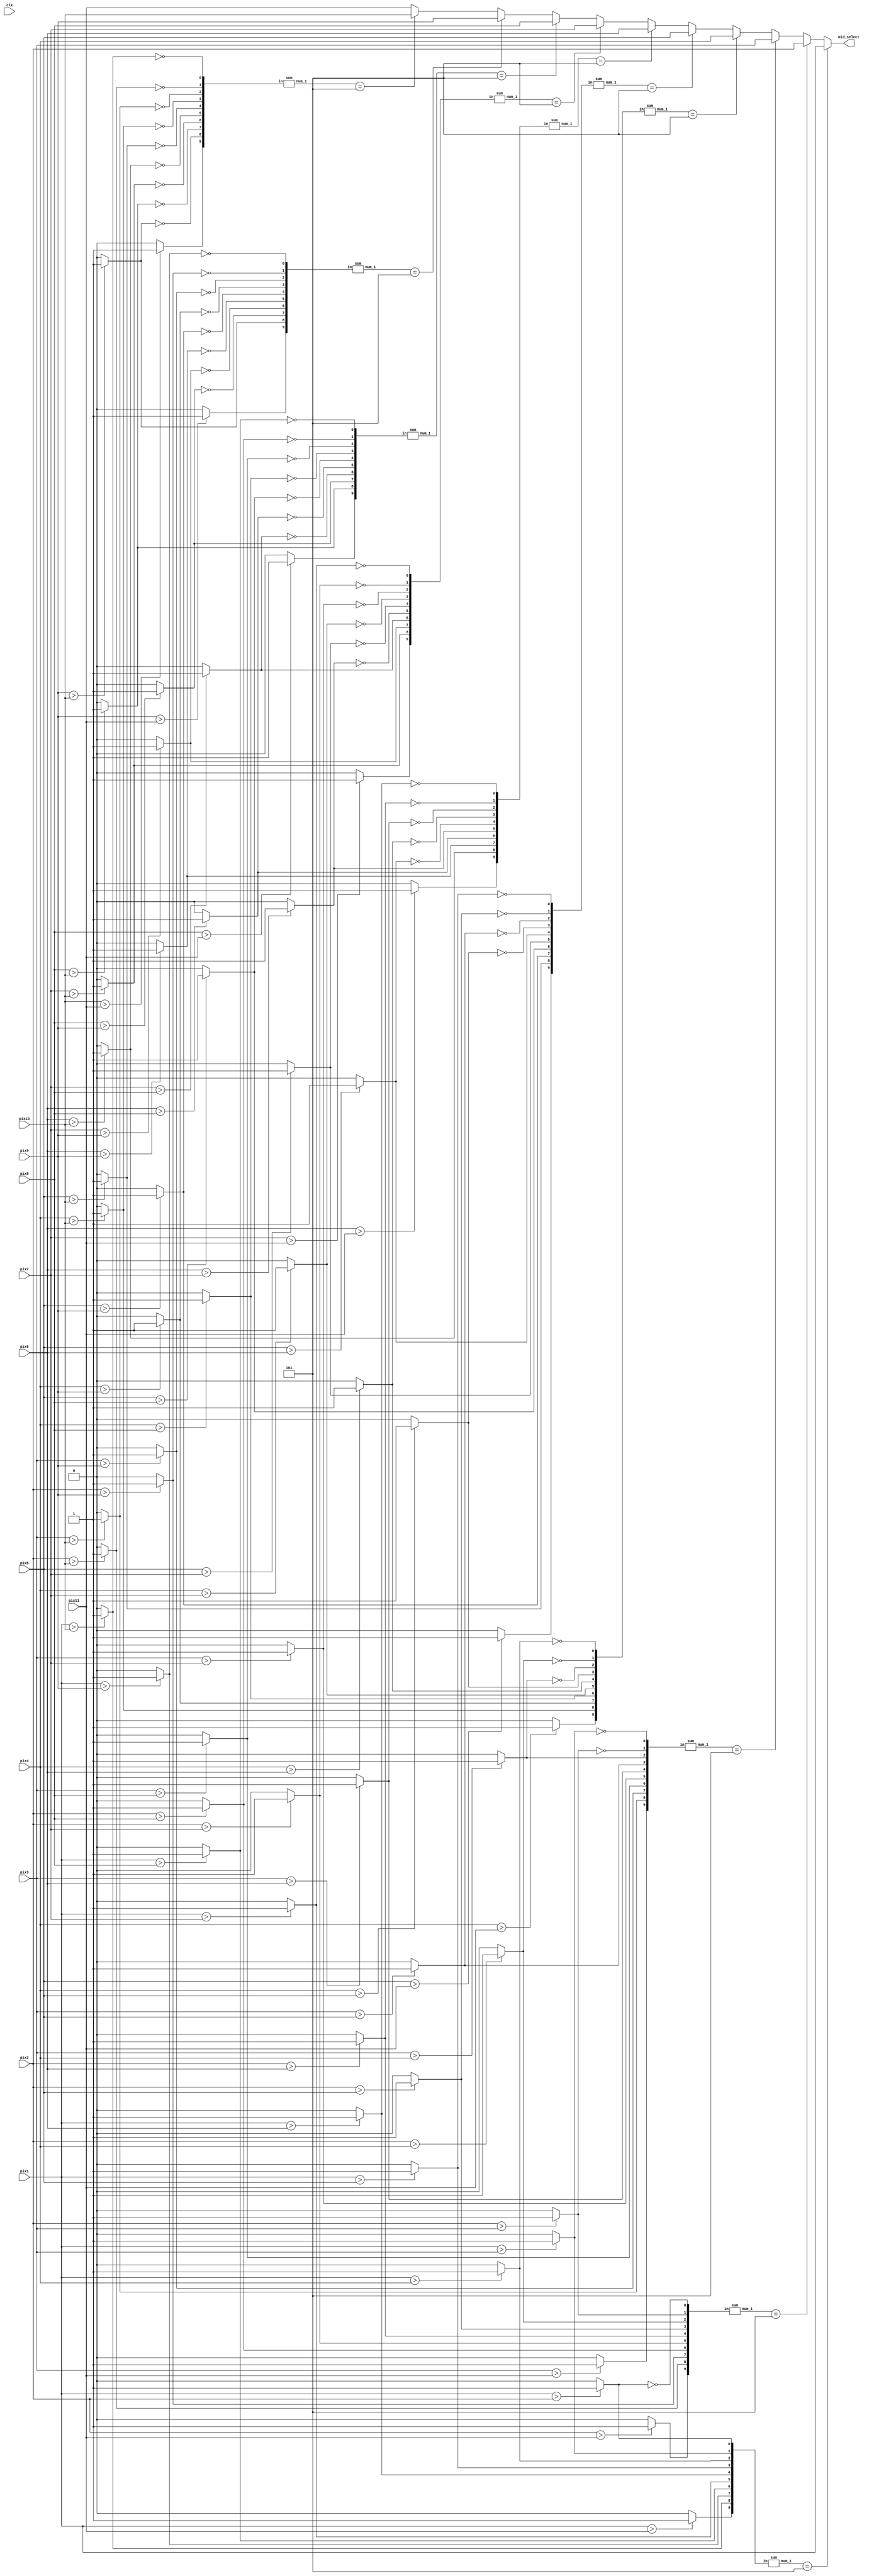
`timescale 1ns / 1ps
//////////////////////////////////////////////////////////////////////////////////
// Company: 
// Engineer: 
// 
// Design Name: 
// Module Name: sort11
// Project Name: 
// Target Devices: 
// Tool Versions: 
// Description: 
// 
// Dependencies: 
// 
// Revision:
// Revision 0.01 - File Created
// Additional Comments:
// 
//////////////////////////////////////////////////////////////////////////////////


module sort11(
    input clk,
    input wire [7:0] pix1,
    input wire [7:0] pix2,
    input wire [7:0] pix3,
    input wire [7:0] pix4,
    input wire [7:0] pix5,
    input wire [7:0] pix6,
    input wire [7:0] pix7,
    input wire [7:0] pix8,
    input wire [7:0] pix9,
    input wire [7:0] pix10,
    input wire [7:0] pix11,
    output  reg [7:0] mid_select
    );
 
wire [9:0] cmp [0:9];
wire [7:0] pix [0:10];
wire  lut_out [0:9];
wire [3:0] order [0:9];

assign pix[0] = pix1;
assign pix[1] = pix2;
assign pix[2] = pix3;
assign pix[3] = pix4;
assign pix[4] = pix5;
assign pix[5] = pix6;
assign pix[6] = pix7;
assign pix[7] = pix8;
assign pix[8] = pix9;
assign pix[9] = pix10;
assign pix[10] = pix11;

genvar i,j;
generate
        for(i=0;i<10;i=i+1)
        begin:l1
            for(j=0;j<i;j=j+1)
            begin:l2
                assign cmp[i][j] = ~cmp[j][i-1];
            end
            for(j=i;j<10;j=j+1)
            begin:l3
                assign cmp[i][j] = pix[i] > pix[j+1]? 1'b1:1'b0;
            end
        end
        for(i=0;i<10;i=i+1)
        begin:l4
            sum uu(
                .in(cmp[i]),
                .num_1(order[i])
                );
        end
endgenerate
    
always@*
begin
    if(order[0] == 5)
        mid_select = pix[0];
    else if(order[1] == 5)
        mid_select = pix[1];
    else if(order[2] == 5)
        mid_select = pix[2];
    else if(order[3] == 5)
        mid_select = pix[3];
    else if(order[4] == 5)
        mid_select = pix[4];   
    else if(order[5] == 5)
        mid_select = pix[5];
    else if(order[6] == 5)
        mid_select = pix[6];
    else if(order[7] == 5)
        mid_select = pix[7];
    else if(order[8] == 5)
        mid_select = pix[8];
    else if(order[9] == 5)
        mid_select = pix[9];   
    else 
        mid_select = pix[10];
end

endmodule

module sum(
input [9:0] in,
output wire [3:0] num_1
);

assign num_1 = (in[0] & 1'b1) + (in[1] & 1'b1) + (in[2] & 1'b1) + (in[3] & 1'b1) + (in[4] & 1'b1) + (in[5] & 1'b1) + (in[6] & 1'b1) + (in[7] & 1'b1) + (in[8] & 1'b1)
            + (in[9] & 1'b1);

endmodule